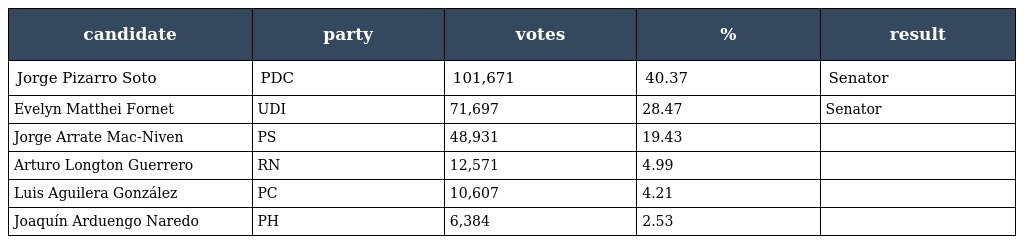
| candidate | party | votes | % | result |
 | --- | --- | --- | --- | --- |
 | Jorge Pizarro Soto | PDC | 101,671 | 40.37 | Senator |
 | Evelyn Matthei Fornet | UDI | 71,697 | 28.47 | Senator |
 | Jorge Arrate Mac-Niven | PS | 48,931 | 19.43 |  |
 | Arturo Longton Guerrero | RN | 12,571 | 4.99 |  |
 | Luis Aguilera González | PC | 10,607 | 4.21 |  |
 | Joaquín Arduengo Naredo | PH | 6,384 | 2.53 |  |